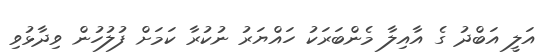
އަލީ އަބްދު ގެ އާއިލާ މެންބަރަކު ހައްޔަރު ނުކުރާ ކަމަށް ފުލުހުން ވިދާޅުވި